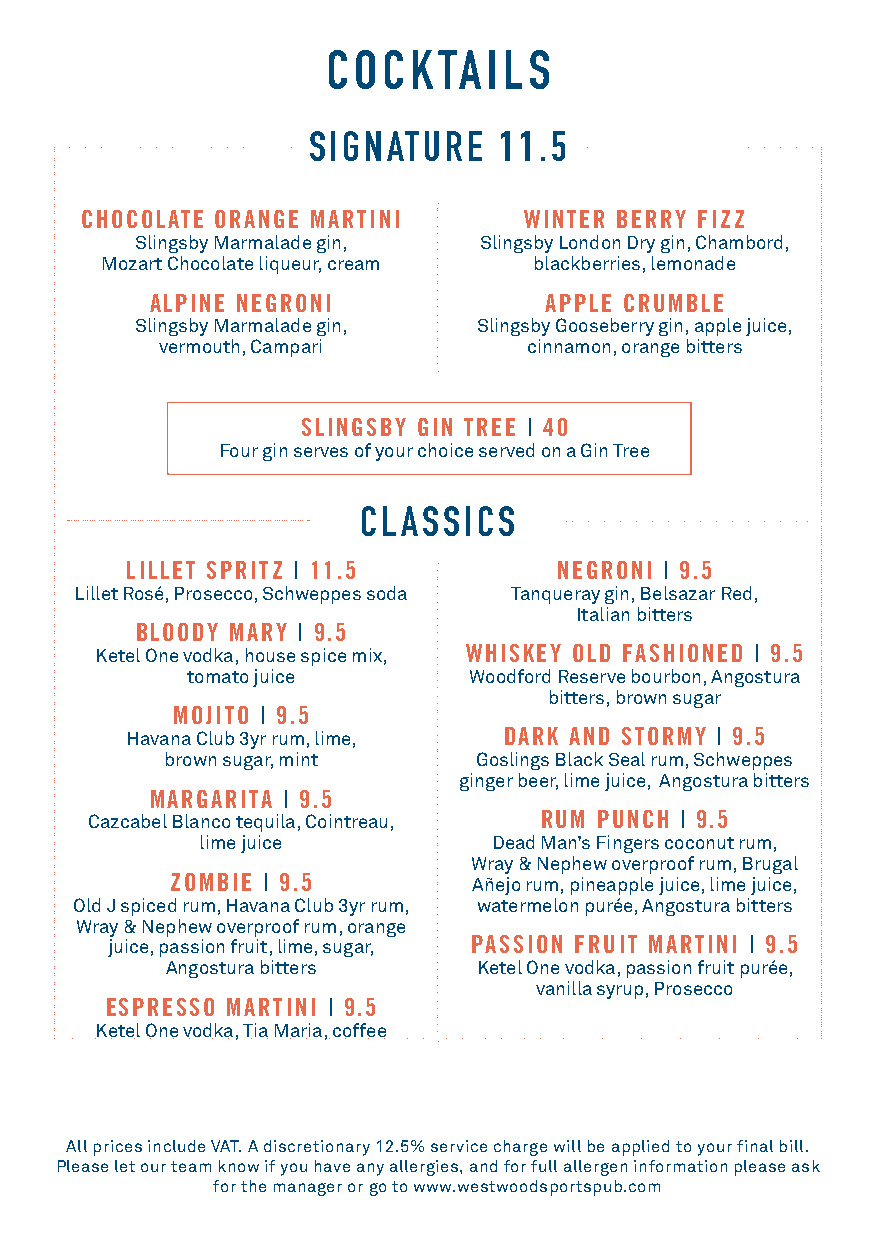
COCKTAILS
 SIGNATURE    11.5
 CHOCOLATE ORANGE MARTINI      WINTER BERRY FIZZ
 Slingsby Marmalade gin, Slingsby London Dry gin, Chambord,
 Mozart Chocolate liqueur, cream blackberries, lemonade
 ALPINE NEGRONI            APPLE CRUMBLE
 Slingsby Marmalade gin, Slingsby Gooseberry gin, apple juice,
 vermouth, Campari       cinnamon, orange bitters
 SLINGSBY GIN TREE | 40
 Four gin serves of your choice served on a Gin Tree
 CLASSICS
 LILLET SPRITZ | 11.5         NEGRONI | 9.5
 Lillet Rosé, Prosecco, Schweppes soda Tanqueray gin, Belsazar Red,
 Italian bitters
 BLOODY MARY | 9.5
 Ketel One vodka, house spice mix, WHISKEY OLD FASHIONED | 9.5
 tomato juice       Woodford Reserve bourbon, Angostura
 bitters, brown sugar
 MOJITO | 9.5
 Havana Club 3yr rum, lime, DARK AND STORMY | 9.5
 brown sugar, mint   Goslings Black Seal rum, Schweppes
 ginger beer, lime juice, Angostura bitters
 MARGARITA | 9.5
 Cazcabel Blanco tequila, Cointreau, RUM PUNCH | 9.5
 lime juice          Dead Man’s Fingers coconut rum,
 Wray & Nephew overproof rum, Brugal
 ZOMBIE | 9.5        Añejo rum, pineapple juice, lime juice,
 Old J spiced rum, Havana Club 3yr rum, watermelon purée, Angostura bitters
 Wray & Nephew overproof rum, orange
 juice, passion fruit, lime, sugar, PASSION FRUIT MARTINI | 9.5
 Angostura bitters    Ketel One vodka, passion fruit purée,
 vanilla syrup, Prosecco
 ESPRESSO MARTINI | 9.5
 Ketel One vodka, Tia Maria, coffee
 All prices include VAT. A discretionary 12.5% service charge will be applied to your final bill.
 Please let our team know if you have any allergies, and for full allergen information please ask
 for the manager or go to www.westwoodsportspub.com